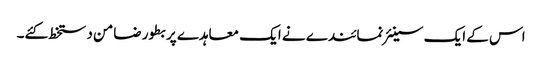
اس کے ایک سینئر نمائندے نے ایک معاہدے پر بطور ضامن دستخط کئے۔